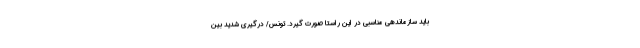
باید سازماندهی مناسبی در این راستا صورت گیرد. تونس/ درگیری شدید بین